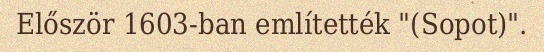
Először 1603-ban említették "(Sopot)".